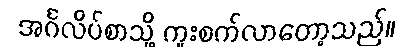
အင်္ဂလိပ်စာသို့ ကူးစက်လာတော့သည်။